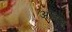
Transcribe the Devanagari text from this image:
अंनिस